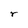
Character: r